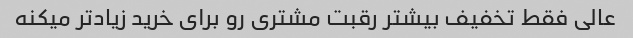
عالی فقط تخفیف بیشتر رقبت مشتری رو برای خرید زیاد‌تر میکنه